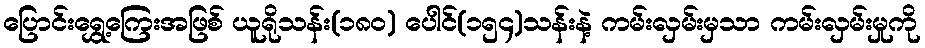
ပြောင်းရွှေ့ကြေးအဖြစ် ယူရိုသန်း(၁၈၀) ပေါင်(၁၅၄)သန်းနဲ့ ကမ်းလှမ်းမှသာ ကမ်းလှမ်းမှုကို